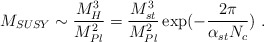
\begin{align*} M_{SUSY}\sim {{M_H^3}\over{M^2_{Pl}}}={{M^3_{st}}\over{M_{Pl}^2}}\exp(-{2\pi\over {\alpha_{st}N_c}})~.\end{align*}